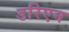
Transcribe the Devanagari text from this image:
डरिएन